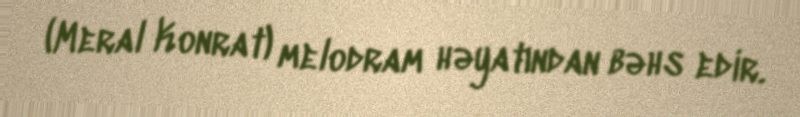
(Meral Konrat) melodram həyatından bəhs edir.